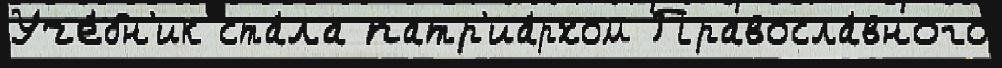
Уче́бн'ик ста́ла патр'иа́рхом Правосла́вного